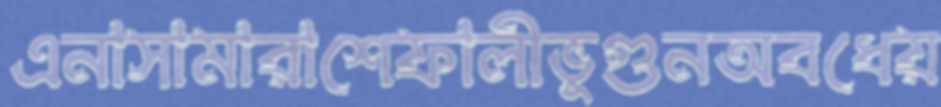
এনাসামারাশেফালীভুগুনঅবধেয়